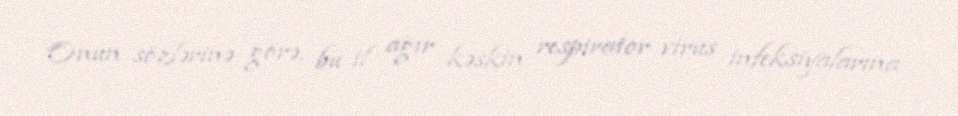
Onun sözlərinə görə, bu il ağır kəskin respirator virus infeksiyalarına